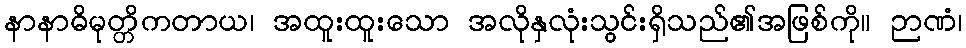
နာနာဓိမုတ္တိကတာယ၊ အထူးထူးသော အလိုနှလုံးသွင်းရှိသည်၏အဖြစ်ကို။ ဉာဏံ၊